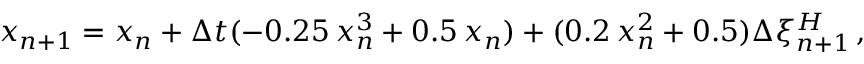
x _ { n + 1 } = x _ { n } + \Delta t ( - 0 . 2 5 \, x _ { n } ^ { 3 } + 0 . 5 \, x _ { n } ) + ( 0 . 2 \, x _ { n } ^ { 2 } + 0 . 5 ) \Delta \xi _ { n + 1 } ^ { H } \, ,